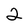
Character: 2